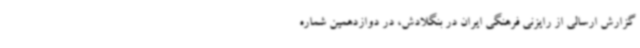
گزارش ارسالی از رایزنی فرهنگی ایران در بنگلادش، در دوازدهمین شماره